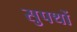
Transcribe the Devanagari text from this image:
सुपथों